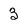
Character: 3